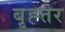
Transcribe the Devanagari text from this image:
बृह्त्तर